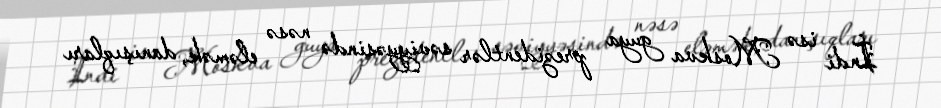
İndi isə Moskva guya prezidentlər səviyyəsində nəsə eləmək, danışıqları